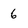
Character: 6